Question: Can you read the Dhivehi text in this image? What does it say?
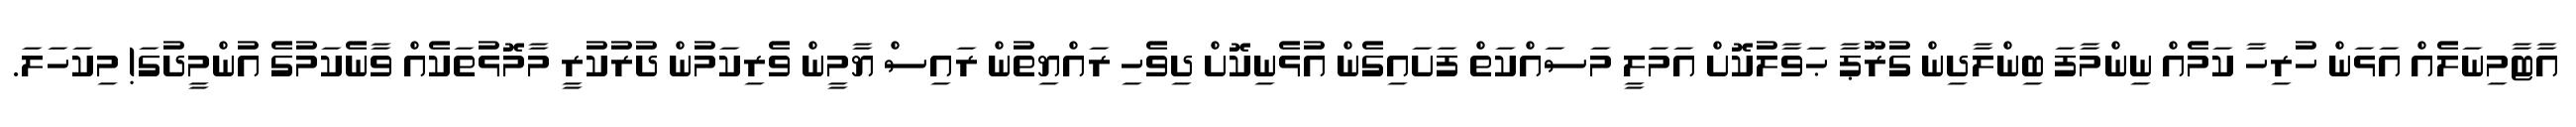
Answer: އާޓާމިނަލެއް އަޅަން ހުރިހާ ކަމެއް ނިންމާފަ ބިންލާދިން ގުރޫޕާ ޙަވާލުކޮށް އަމަލީ މަސައްކަތް ފަށައިގެން އުޅެނިކޮށް ދިވެހި ރައްޔިތުން ރައިސް ޔާމީން ވެރިކަމުން ދުރުކުރީ މާމޮޅުތަކެއް ވާނެކަމުގެ އުންމީދުގަ! މިކަހަލަ.